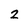
Character: 2